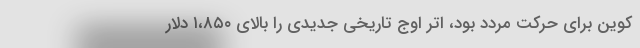
کوین برای حرکت مردد بود، اتر اوج تاریخی جدیدی را بالای ۱،۸۵۰ دلار